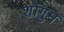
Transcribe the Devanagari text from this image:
शोगुम